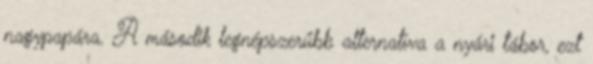
nagypapára. A második legnépszerűbb alternatíva a nyári tábor, ezt